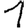
Digit: 1